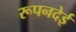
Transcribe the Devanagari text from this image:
रूपनदेई